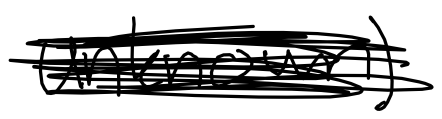
Text: unknown)
Cross-out: scratch
Writing tool: digital_black